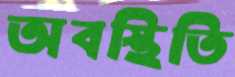
অবস্থিতি